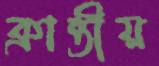
ক্রান্তীয়